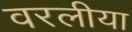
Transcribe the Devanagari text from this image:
वरलीया